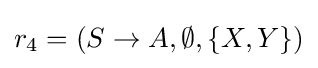
r_{4}=(S\to A,\emptyset ,\{X,Y\})